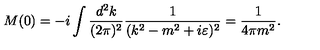
M ( 0 ) = - i \int \frac { d ^ { 2 } k } { ( 2 \pi ) ^ { 2 } } \frac { 1 } { ( k ^ { 2 } - m ^ { 2 } + i \varepsilon ) ^ { 2 } } = \frac { 1 } { 4 \pi m ^ { 2 } } .